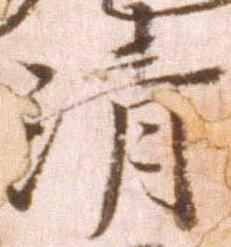
清